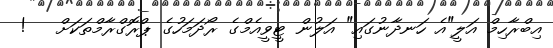
އިބްރާހިމް އަލީ"އެ ހަނދާނުގައި" އަލުން ޓީވީއެމްގެ ރޯދަމަހުގެ ޕްރޮގްރާމްތަކަށް   !